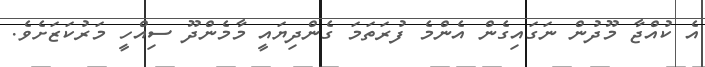
އެ ކުއްޖާ މޫދުން ނަގައިގެން އެންމެ ފުރަތަމަ ގެންދިޔައީ މާމެންދޫ ސިއްހީ މަރުކަޒަށެވެ.